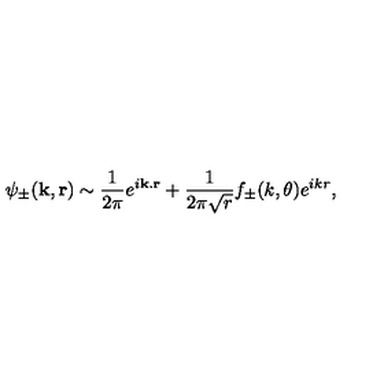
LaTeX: \psi _ { \pm } ( \mathbf { k } , \mathbf { r } ) \sim \frac { 1 } { 2 \pi } e ^ { i \mathbf { k } . \mathbf { r } } + \frac { 1 } { 2 \pi \sqrt { r } } f _ { \pm } ( k , \theta ) e ^ { i k r } ,